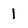
Character: 1